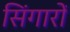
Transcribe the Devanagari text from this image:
सिंगारों